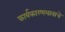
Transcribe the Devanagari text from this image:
कार्यकारणभावाचे